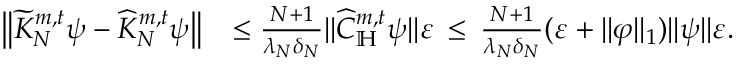
\begin{array} { r l } { \big \| \widetilde K _ { N } ^ { m , t } \psi - \widehat K _ { N } ^ { m , t } \psi \big \| } & { \le \frac { N + 1 } { \lambda _ { N } \delta _ { N } } \| \widehat C _ { \mathbb H } ^ { m , t } \psi \| \varepsilon \, \le \, \frac { N + 1 } { \lambda _ { N } \delta _ { N } } ( \varepsilon + \| \varphi \| _ { 1 } ) \| \psi \| \varepsilon . } \end{array}